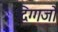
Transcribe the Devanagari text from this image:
दिग्गजो